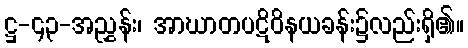
ဋ္ဌ-၄၃-အညွှန်း၊ အာဃာတပဋိဝိနယခန်း၌လည်းရှိ၏။